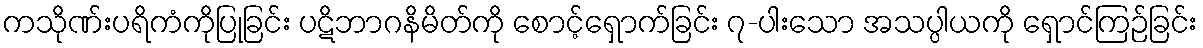
ကသိုဏ်းပရိကံကိုပြုခြင်း ပဋိဘာဂနိမိတ်ကို စောင့်ရှောက်ခြင်း ၇-ပါးသော အသပ္ပါယကို ရှောင်ကြဉ်ခြင်း